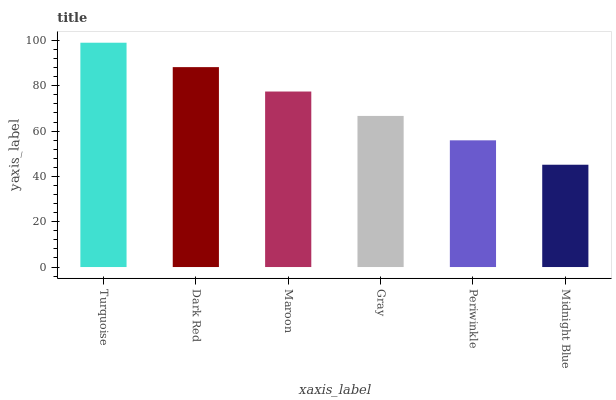
| xaxis_label | bars |
 | --- | --- |
 | Turquoise | 99 |
 | Dark Red | 88.2 |
 | Maroon | 77.5 |
 | Gray | 66.7 |
 | Periwinkle | 55.9 |
 | Midnight Blue | 45.2 |